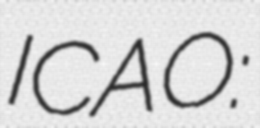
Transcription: ICAO: